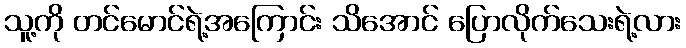
သူ့ကို တင်မောင်ရဲ့အကြောင်း သိအောင် ပြောလိုက်သေးရဲ့လား